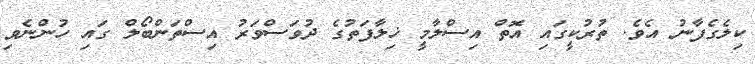
ކިލެގެފާނު އެވެ. ތުރުކީގައި އޮތް އިސްލާމީ ޚިލާފަތުގެ ދުވަސްވަރު އިސްތަންބޯލް ގައި ހުންނެވި